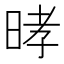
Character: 㫴